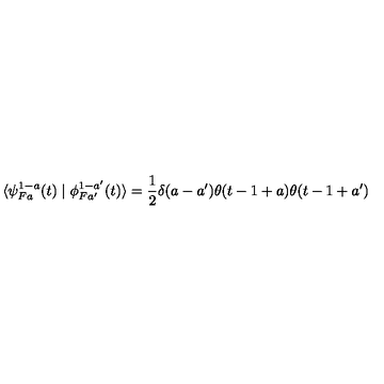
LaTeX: \langle \psi _ { F a } ^ { 1 - a } ( t ) \mid \phi _ { F a ^ { \prime } } ^ { 1 - a ^ { \prime } } ( t ) \rangle = \frac { 1 } { 2 } \delta ( a - a ^ { \prime } ) \theta ( t - 1 + a ) \theta ( t - 1 + a ^ { \prime } )